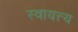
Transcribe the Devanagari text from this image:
स्वायत्त्य